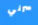
سرني